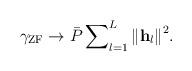
LaTeX: \begin{align*} {\gamma _{{\rm{ZF}}}} \to \bar P\sum\nolimits_{l = 1}^L {{{\left\| {{{\bf{h}}_l}} \right\|}^2}}. \end{align*}